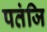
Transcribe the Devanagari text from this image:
पतंजि